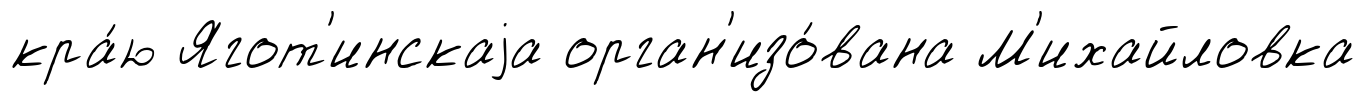
кра́ю Ягот'инскаjа орган'изо́вана М'ихайловка